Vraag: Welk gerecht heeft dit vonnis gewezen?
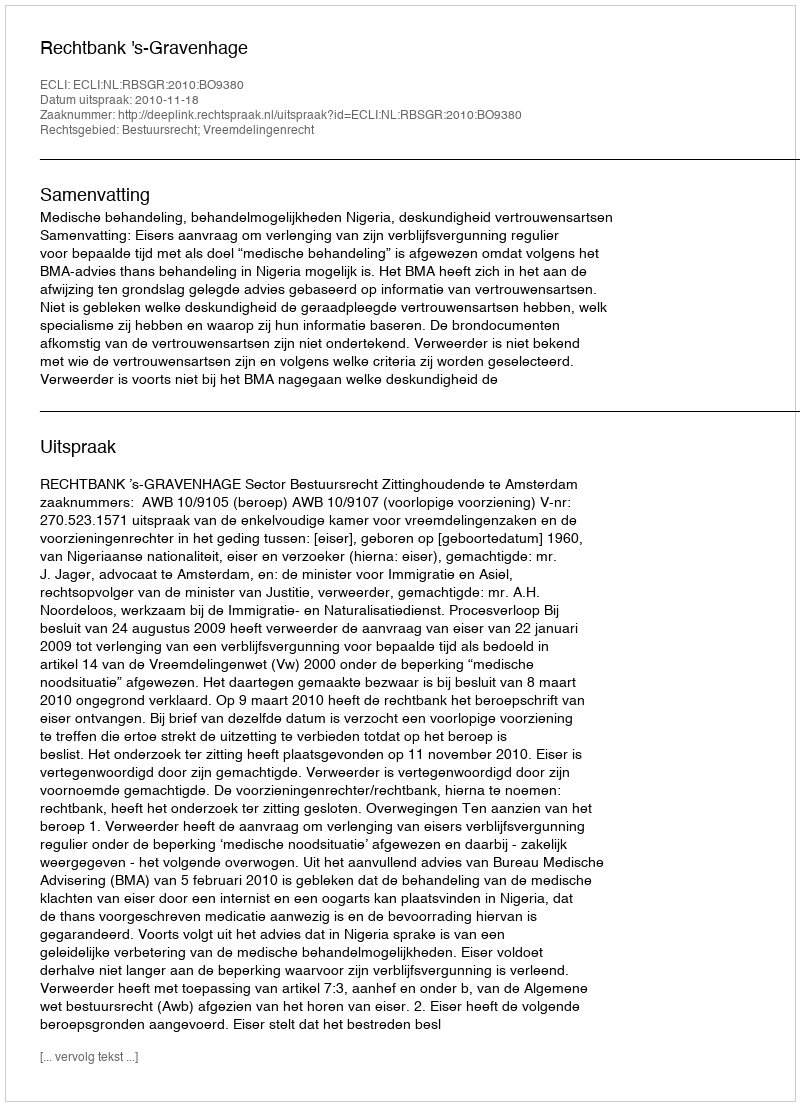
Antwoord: Rechtbank 's-Gravenhage